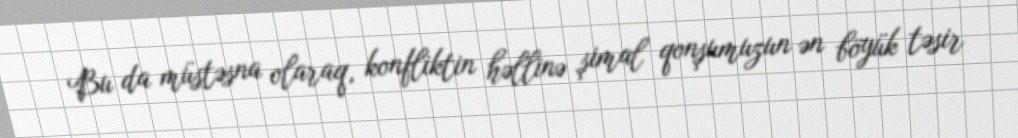
Bu da müstəsna olaraq, konfliktin həllinə şimal qonşumuzun ən böyük təsir